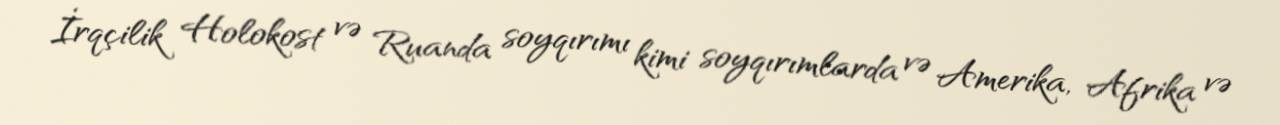
İrqçilik Holokost və Ruanda soyqırımı kimi soyqırımlarda və Amerika, Afrika və